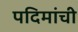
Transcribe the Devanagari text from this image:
पदिमांची